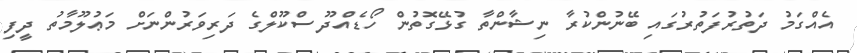
އެއްގަމު ދަތުރުފަތުރުގައި ބޭނުންކުރާ ނިޝާންތާ ގުޅޭގޮތުން ހޯޑެއްދޫ ސްކޫލްގެ ދަރިވަރުންނަށް މަޢުލޫމާތު ދީފި